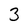
Character: 3